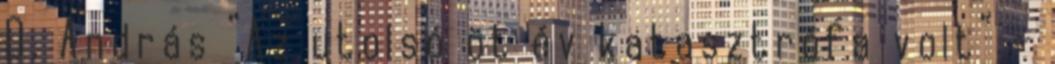
D. András “Az utolsó öt év katasztrófa volt” –